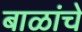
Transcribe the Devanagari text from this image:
बाळांचे